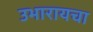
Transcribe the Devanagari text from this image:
उभारायचा